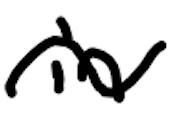
Text: in
Cross-out: wave
Writing tool: digital_black